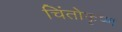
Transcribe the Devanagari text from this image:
चिंतोकृष्ण